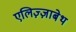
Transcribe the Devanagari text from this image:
एलिज़्ज़ाबेथ